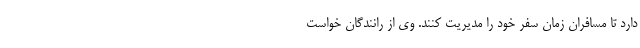
دارد تا مسافران زمان سفر خود را مدیریت کنند. وی از رانندگان خواست